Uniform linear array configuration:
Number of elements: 12
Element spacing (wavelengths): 0.5
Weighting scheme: blackman
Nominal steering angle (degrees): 60
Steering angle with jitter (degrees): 58.655
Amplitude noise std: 0.05
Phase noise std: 0.05

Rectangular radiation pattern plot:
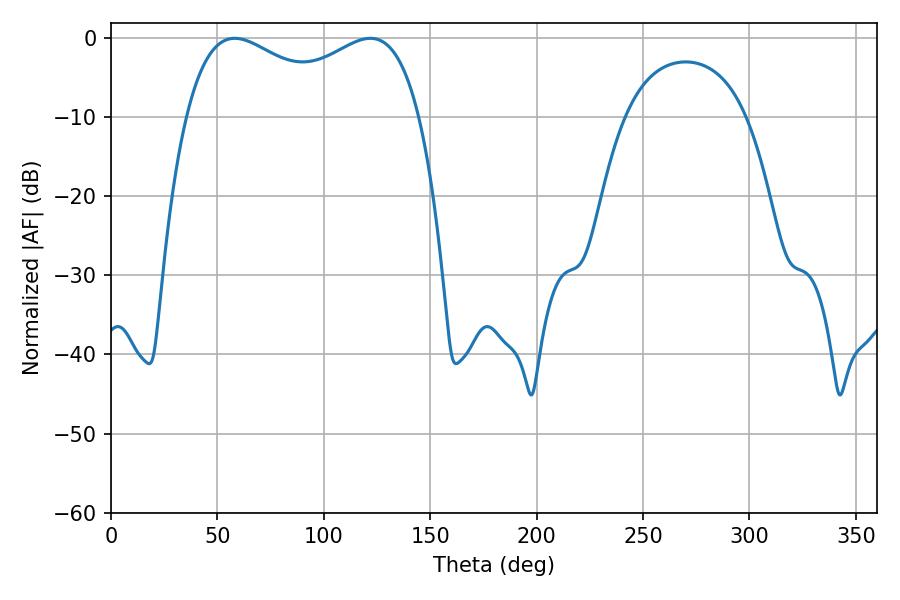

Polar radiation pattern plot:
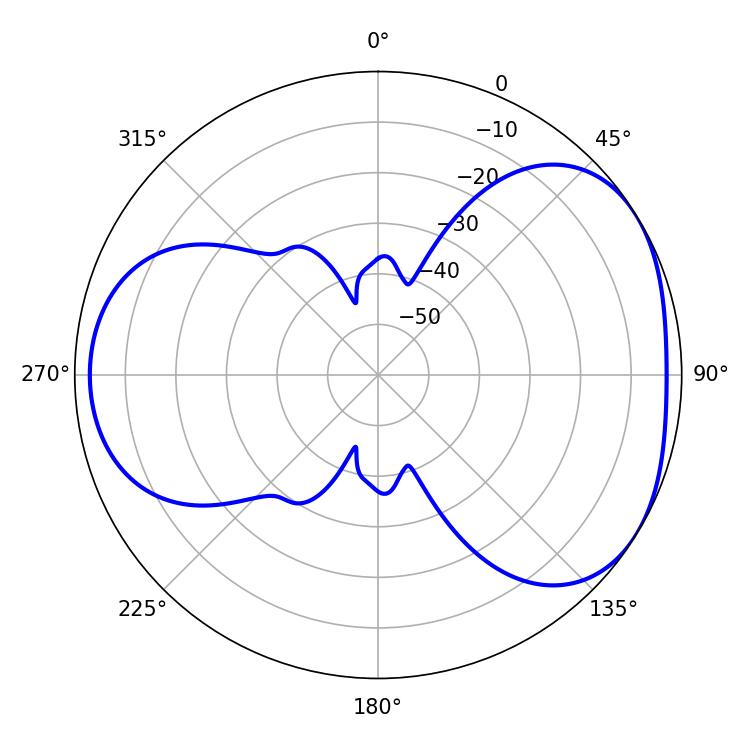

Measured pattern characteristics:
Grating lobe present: FALSE
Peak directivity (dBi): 4.114
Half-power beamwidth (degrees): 91.44
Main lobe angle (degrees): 58.14